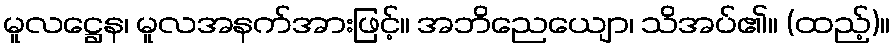
မူလဋ္ဌေန၊ မူလအနက်အားဖြင့်။ အဘိညေယျော၊ သိအပ်၏။ (ထည့်)။